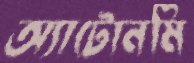
অ্যাটোনমি